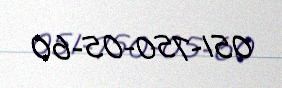
051-750-05-60